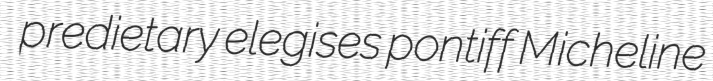
predietary elegises pontiff Micheline